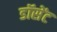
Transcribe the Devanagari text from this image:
डॉसेंट